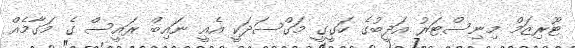
ޓޫރިޒަމް މިނިސްޓަރު އަދީބުގެ ހަގީގީ މަގްސަދަކީ އެއީ ނައިބް ރައީސް ގެ މަގާމެއް